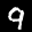
Label: 9